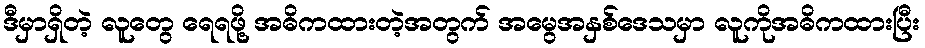
ဒီမှာရှိတဲ့ လူတွေ ရေရဖို့ အဓိကထားတဲ့အတွက် အမွေအနှစ်ဒေသမှာ လူကိုအဓိကထားပြီး